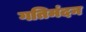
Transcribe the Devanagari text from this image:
गतिमंदन